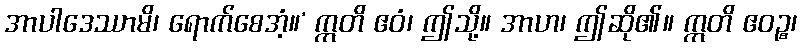
အာပါဒေဿာမိ၊ ရောက်စေအံ့။’ ဣတိ ဧဝံ၊ ဤသို့။ အာဟ၊ ဤဆို၏။ ဣတိ ဧဝဉ္စ၊